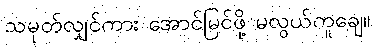
သမုတ်လျှင်ကား အောင်မြင်ဖို့ မလွယ်ကူချေ။